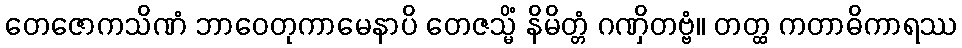
တေဇောကသိဏံ ဘာဝေတုကာမေနာပိ တေဇသ္မိံ နိမိတ္တံ ဂဏှိတဗ္ဗံ။ တတ္ထ ကတာဓိကာရဿ